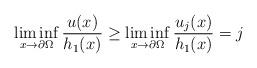
LaTeX: \begin{align*}\liminf_{x\to\partial\Omega}\frac{u(x)}{h_1(x)}\geq\liminf_{x\to\partial\Omega}\frac{u_j(x)}{h_1(x)}=j\end{align*}